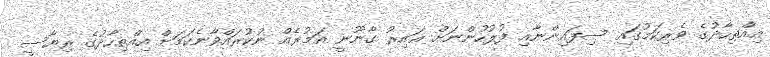
އިއްތިހާދުގެ ވެރިކަމުގައި ސިފައިންނާއި ފުލުހުންނަށް ޣައިރު ގާނޫނީ އަމުރެއް ނުކުރައްވާނެކަމަށް އިއްތިހާދުގެ ރިޔާސީ